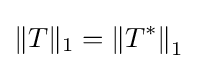
\|T\|_{1}=\left\|T^{*}\right\|_{1}